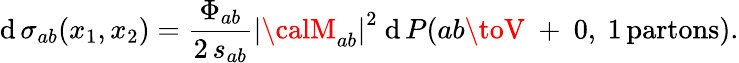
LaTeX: \mathrm{d}\, \sigma_{ab}(x_{1},x_{2})=\frac{{\Phi_{ab}}}{{2\, s_{ab}}}\left|{\calM}_{ab}\right|^{2}\ \mathrm{d}\, P(ab\toV\ +\ 0,~1\, \mathrm{{partons}}).